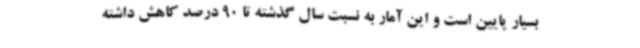
بسیار پایین است و این آمار به نسبت سال گذشته تا 90 درصد کاهش داشته